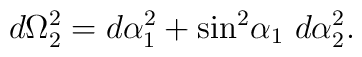
d\Omega_2^2=d\alpha_1^2+{\sin}^2{\alpha_1} \ d\alpha_2^2.